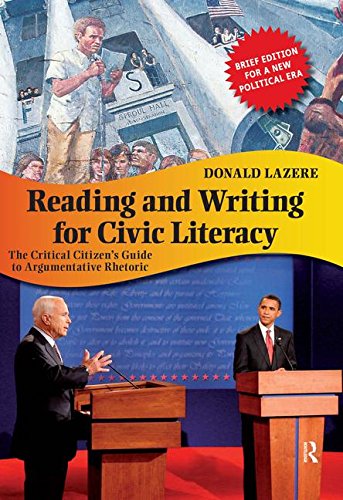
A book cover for Reading and Writing for Civic Literacy: The Critical Citizen's Guide to Argumentative Rhetoric (Cultural Politics and the Promise of Democracy); Donald Lazere; Reference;